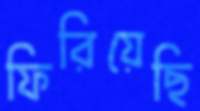
ফিরিয়েছি